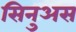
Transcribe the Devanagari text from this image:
सिनुअस